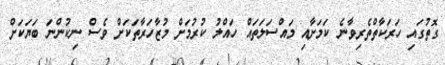
ގޮތުގައި ހަރަކާތްތެރިވާނެ ކަމަށާއި މައްސަލަތައް ހައްލު ކުރުމަށް މުޒާހަރާތަކަށް ވެސް ނިކުންނަ ބަޔަކަށް